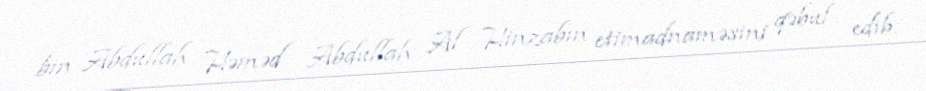
bin Abdullah Həməd Abdullah Al Hinzabın etimadnaməsini qəbul edib.